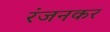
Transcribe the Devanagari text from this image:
रंजनकर